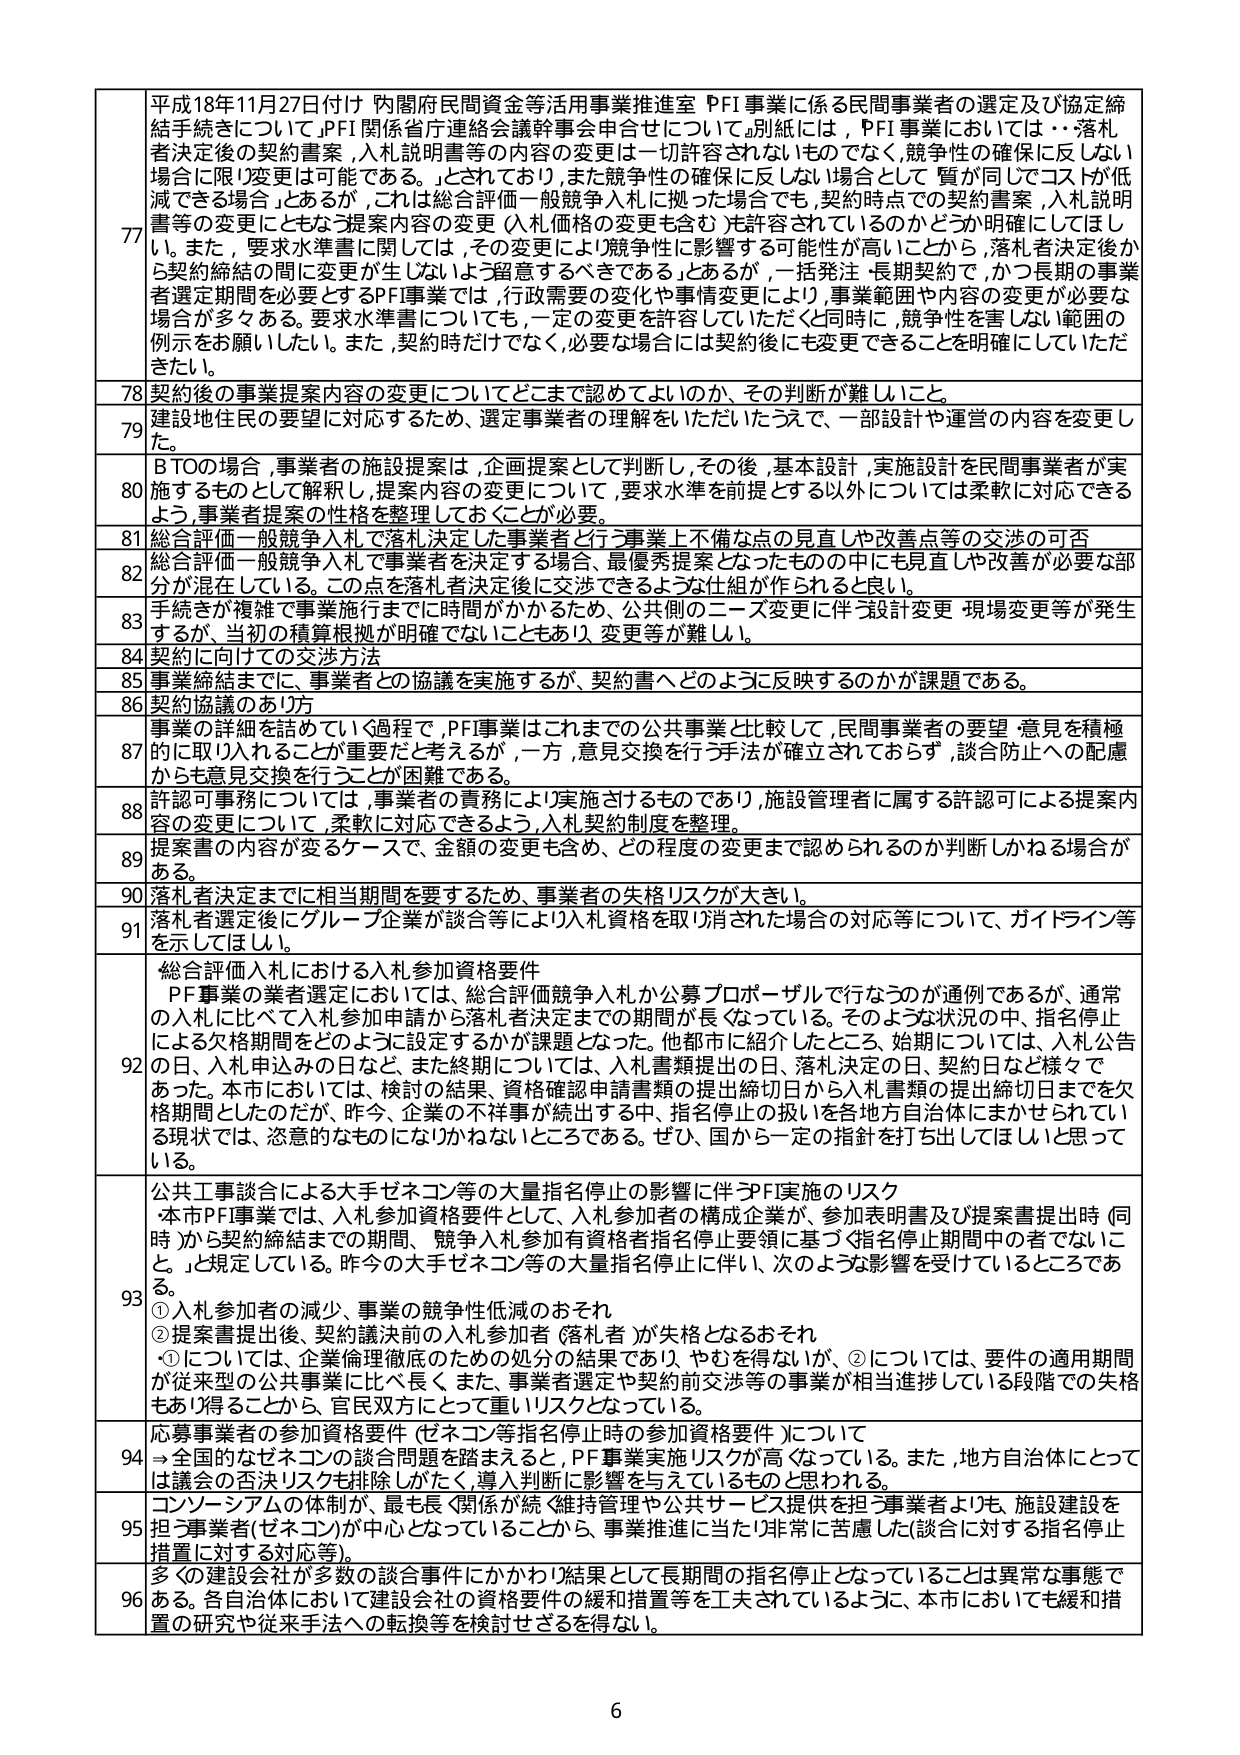
77 平成18年11月27日付け 内閣府民間資金等活用事業推進室 PF事業に係る民間事業者の選定及び協定締結手続等について、PF関係省庁連絡会議幹事会申合せについて。別紙には、「PF事業において…落札者決定後の契約書案、入札説明書等の内容の変更は一切許容されないものでなく、競争性の確保に反しない場合に限り変更は可能である。」とされており、また競争性の確保に反しない場合として「質が同じでコストが低減できる場合」とあるが、これは総合評価一般競争入札に拠った場合でも、契約時点での契約書案、入札説明書等の変更にともなう提案内容の変更（入札価格の変更も含む）も許容されているのかどうか明確にしてほしい。また、要求水準書に関しては、その変更により競争性に影響する可能性が高いことから、落札者決定後から契約締結の間に変更が生じないよう留意するべきである」とあるが、一括発注・長期契約で、かつ長期の事業者選定期間を必要とするPF事業では、行政需要の変化や事情変更により、事業範囲や内容の変更が必要な場合が多々ある。要求書書については、一定の変更を許容していたたくと同時に、競争性を害しない範囲の例示をお願いしたい。また、契約時だけでなく、必要な場合には契約後にも変更できることを明確にしていただきたい。

78 契約後の事業提案内容の変更についてどこまで認めてよいのか、その判断が難しいこと。

79 建設地住民の要望に対応するため、選定事業者の理解をいただいたうえで、一部設計や運営の内容を変更した。

80 BTOの場合、事業者の施設提案は、企画提案として判断し、その後、基本設計、実施設計を民間事業者が実施するものとして解釈し、提案内容の変更について、要求水準を前提とする以外については柔軟に対応できるよう、事業者提案の性格を整理しておくことが必要。

81 総合評価一般競争入札で落札決定した事業者と行う事業上不備な点の見直しや改善点等の交渉の可否

82 総合評価一般競争入札で事業者を決定する場合、最優秀提案となったものの中にも見直しや改善が必要な部分が混在している。この点を落札者決定後に交渉できるような仕組が作られると良い。

83 手続きが複雑で事業施行までに時間がかかるため、公共側のニーズ変更に伴う設計変更・現場変更等が発生するが、当初の積算根拠が明確でないこともあり、変更等が難しい。

84 契約に向けた交渉方法

85 事業締結までに、事業者との協議を実施するが、契約書へどのように反映するのかが課題である。

86 契約協議のあり方

87 事業の詳細を詰めていく過程で、PF事業はこれまでの公共事業と比較して、民間事業者の要望・意見を積極的に取り入れることが重要だと考えるが、一方、意見交換を行う手法が確立されておらず、談合防止への配慮からも意見交換を行うことが困難である。

88 認可業務については、事業者の責務により実施されるものであり、施設管理者に属する許認可による提案内容の変更について、柔軟に対応できるよう、入札契約制度を整理。

89 提案書の内容が変更するケースで、金額の変更も含め、どの程度の変更まで認められるのか判断しかねる場合がある。

90 落札者決定までに相当期間を要するため、事業者の失格リスクが大きい。

91 落札者選定後にグループ企業が談合等により入札資格を取消された場合の対応等について、ガイドライン等を示してほしい。

92 総合評価入札における入札参加資格要件
PF事業の業者選定においては、総合評価競争入札か公募プロポーザルで行なうのが通例であるが、通常の入札に比べて入札参加申請から落札者決定までの期間が長くなっている。そのような状況の中、指名停止による欠格期間をどのように設定するかが課題となった。他都市に紹介したところ、始期については、入札公告の日、入札申込みの日など、また終期については、入札書類提出の日、落札決定の日、契約日など様々であった。本市においては、検討の結果、資格確認申請書類の提出締切日から入札書類の提出締切日までを欠格期間としたのだが、昨今、企業の不祥事が続出する中、指名停止の扱いを各地方自治体にまかせられている現状では、恣意的なものになりかねないところである。ぜひ、国から一定の指針を打ち出してほしいと思っている。

93 公共工事談合による大手ゼネコン等の大量指名停止の影響に伴うPF実施のリスク
本市PF事業では、入札参加資格要件として、入札参加者の構成企業が、参加表明書及び提案書提出時（同時）から契約締結までの期間、競争入札参加有資格者指名停止要領に基づく指名停止期間中の者でないこと」と規定している。昨今の大手ゼネコン等の大量指名停止に伴い、次のような影響を受けているところである。
① 入札参加者の減少、事業の競争性低減のおそれ
② 提案書提出後、契約議決前の入札参加者（落札者）が失格となるおそれ
　①については、企業倫理徹底のための処分の結果であり、やむを得ないが、②については、要件の適用期間が従来型の公共事業に比べ長く、また、事業者選定や契約前交渉等の事業が相当進捗している段階での失格もあり得ることから、官民双方にとって重いリスクとなっている。

94 応募事業者の参加資格要件（ゼネコン等指名停止時の参加資格要件）について
→全国的なゼネコンの談合問題を踏まえると、PF事業実施リスクが高くなっている。また、地方自治体にとっては議会の否決リスクも排除しがたく、導入判断に影響を与えているものと思われる。

95 コンソーシアムの体制が、最も長く関係が続く維持管理や公共サービス提供を担う事業者よりも、施設建設を担う事業者（ゼネコン）が中心となっていることから、事業推進に当たり非常に苦慮した（談合に対する指名停止措置に対する対応等）。

96 多くの建設会社が多数の談合事件にかかわり結果として長期間の指名停止となっていることは異常な事態である。各自治体において建設会社の資格要件の緩和措置等を工夫されているように、本市においても緩和措置の研究や従来手法への転換等を検討せざるを得ない。

6